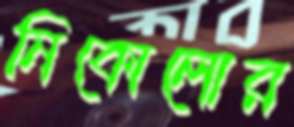
নিকোলোর